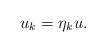
LaTeX: \begin{align*}u_k=\eta_k u.\end{align*}